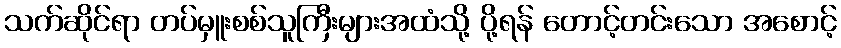
သက်ဆိုင်ရာ တပ်မှူးစစ်သူကြီးများအထံသို့ ပို့ရန် တောင့်တင်းသော အစောင့်